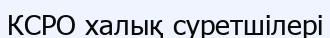
КСРО халық суретшілері